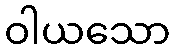
ဝါယသော